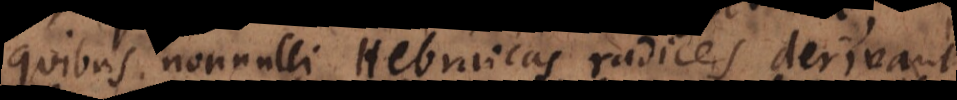
quibus nonnulli Hebraicas radices derivant